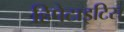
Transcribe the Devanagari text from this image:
हिपेटाइटिस